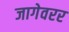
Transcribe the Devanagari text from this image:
जागेवरर